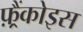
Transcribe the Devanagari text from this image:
फ़्रैंकोइस